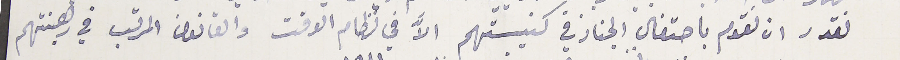
نقدر ان نقوم باحتفال الجناز في كنيستهم الاَّ في نظام الوقت والقانون المرقب في رهبنتهم